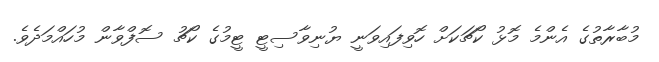
މުބާރާތުގެ އެންމެ މޮޅު ކޯޗަކަށް ހޮވިފައިވަނީ ޔުނިވާސިޓީ ޓީމުގެ ކޯޗު ސޮފްވާން މުހައްމަދެވެ.